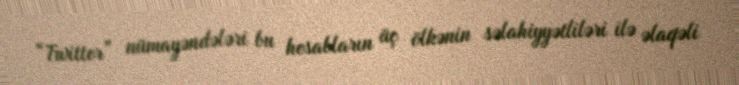
“Twitter” nümayəndələri bu hesabların üç ölkənin səlahiyyətliləri ilə əlaqəli